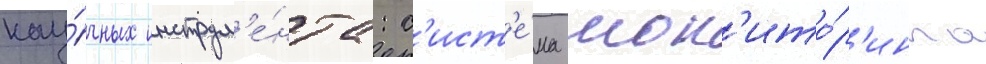
нау́чных инструм'е́нта: с'ист'е́ма мон'ито́р'инга